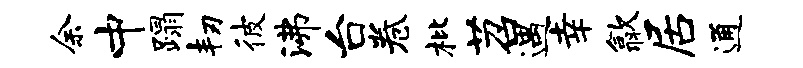
余中蹋韧彼沸台卷枇苕遇幸歙居通